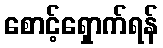
စောင့်ရှောက်ရန်